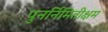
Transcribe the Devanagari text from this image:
पुनर्निमितीक्षम